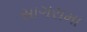
સાગરામા